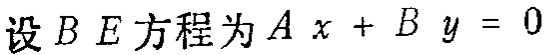
设 \(BE\) 方程为 \(Ax + By = 0\)